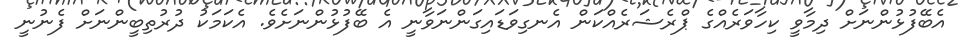
އެބޭފުޅުންނަށް ދިމާވީ ކިހާވަރެއްގެ ޕްރެޝަރެއްކަން އެނގިވަޑައިގަންނަވާނީ އެ ބޭފުޅުންނަށެވެ. އެކަމަކު ދުރުތިބީންނަށް ފެނުނީ